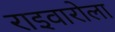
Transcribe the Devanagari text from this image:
राइवारोला